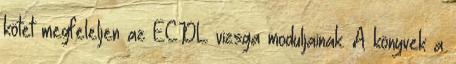
kötet megfeleljen az ECDL vizsga moduljainak. A könyvek a